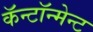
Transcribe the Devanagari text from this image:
कॅन्टॉन्मेन्ट